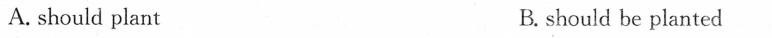
A. should plant B. should be planted